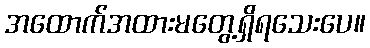
အထောက်အထားမတွေ့ရှိရသေးပေ။